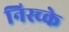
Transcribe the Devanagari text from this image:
निस्च्के